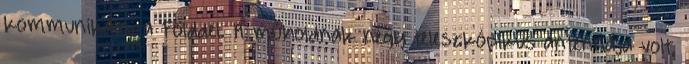
kommunikálni a Földdel. A műholdnak négy teleszkópikus antennája volt,